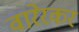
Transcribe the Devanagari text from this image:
वारेरकर